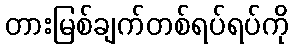
တားမြစ်ချက်တစ်ရပ်ရပ်ကို